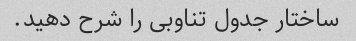
ساختار جدول تناوبی را شرح دهید.